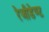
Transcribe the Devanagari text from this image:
रेजीडेण्ट